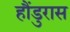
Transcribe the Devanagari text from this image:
हौंडुरास